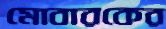
মোবারকের